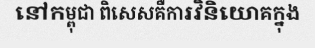
នៅកម្ពុជា ពិសេសគឺការវិនិយោគក្នុង